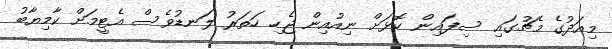
މިއަދުގެ މެޗުގައި ސިފައިން ކޮޅަށް ނިއުއިން ޖެހި ހަތަރު ލަނޑުވެސް އެޓީމަށް ކާމިޔާބު